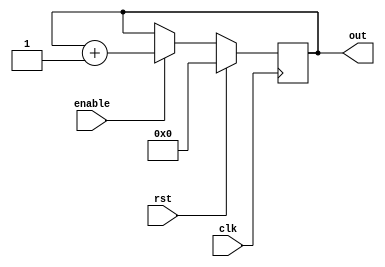
module up_counter(
  input clk,
  input rst,
  input enable,
  output [7:0] out
);

// --------------------------------------------------------------------------
reg [7:0] out;

// --------------------------------------------------------------------------
always @(posedge clk) begin
  if(rst == 1) begin
    out <= 8'b0;
  end else if(enable) begin
    out <= out + 1;
  end
end

endmodule